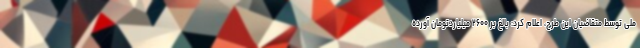
ملی توسط متقاضیان این طرح، اعلام کرد: بالغ بر ۲۶۰۰ میلیاردتومان آورده